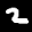
Label: 2